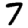
Digit: 7